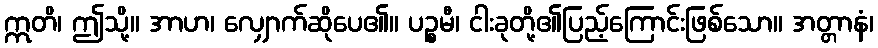
ဣတိ၊ ဤသို့။ အာဟ၊ လျှောက်ဆိုပေ၏။ ပဉ္စမီ၊ ငါးခုတို့၏ပြည့်ကြောင်းဖြစ်သော။ အတ္တာနံ၊